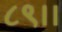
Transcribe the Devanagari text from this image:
८९।।